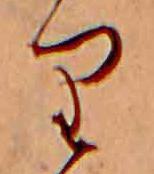
り